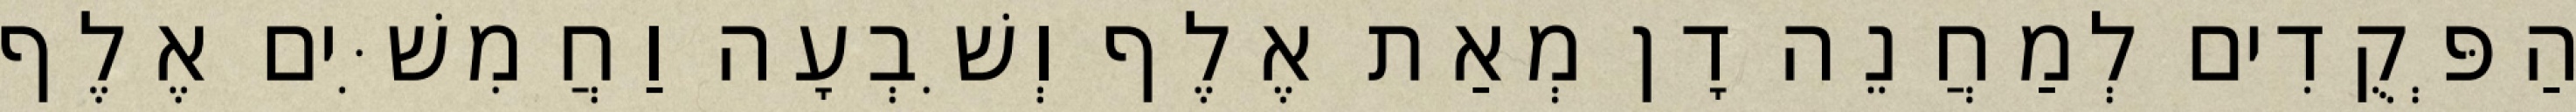
הַפְּקֻדִים לְמַחֲנֵה דָן מְאַת אֶלֶף וְשִׁבְעָה וַחֲמִשִּׁים אֶלֶף